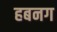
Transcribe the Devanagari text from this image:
हबनग